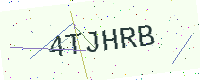
Text: 4TJHRB